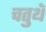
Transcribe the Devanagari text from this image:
चतुथॅ